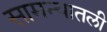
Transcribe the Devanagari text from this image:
सामन्यातली